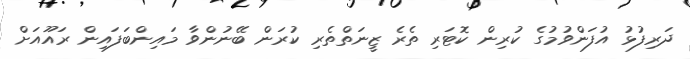
ދަރިފުޅު އުފަންވުމުގެ ކުރިން ކޮޓަރި ތެރެ ޒީނަތްތެރި ކުރަން ބޭނުންވާ މައިންބަފައިން ރައޫއަށް